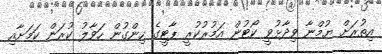
އިތުރަށް ޔުމްނާ ވިދާޅުވީ ކޯޓުން އަމުރުކުރީ ޕާޓީގެ ހިންގުން ހަވާލު ކުރަން ކަމަށާއި